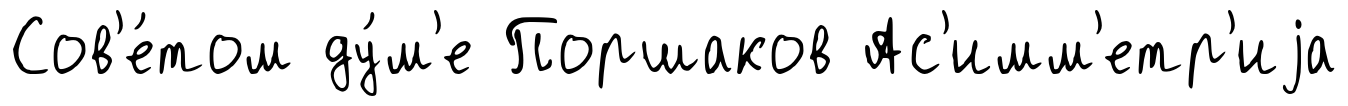
Сов'е́том ду́м'е Поршаков Ас'имм'етр'иjа